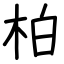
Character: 柏